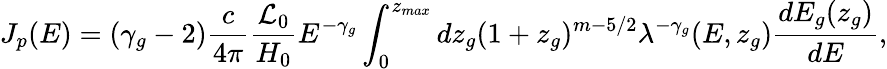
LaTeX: J_{p}(E)=(\gamma_{g}-2)\frac{c}{4\pi}\frac{{\cal L}_{0}}{H_{0}}E^{-\gamma_{g}}\int_{0}^{z_{max}}dz_{g}(1+z_{g})^{m-5/2}\lambda^{-\gamma_{g}}(E,z_{g})\frac{dE_{g}(z_{g})}{dE},